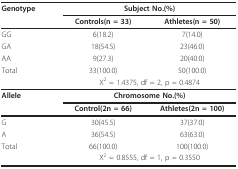
| Genotype | <COLSPAN=2> Subject No.(%) |
 |  | Controls(n = 33) | Athletes(n = 50) |
 | --- | --- | --- |
 | GG | 6(18.2) | 7(14.0) |
 | GA | 18(54.5) | 23(46.0) |
 | AA | 9(27.3) | 20(40.0) |
 | Total | 33(100.0) | 50(100.0) |
 |  | <COLSPAN=2> Χ2 = 1.4375, df = 2, p = 0.4874 |
 | Allele | <COLSPAN=2> Chromosome No.(%) |
 |  | Control(2n = 66) | Athletes(2n = 100) |
 | G | 30(45.5) | 37(37.0) |
 | A | 36(54.5) | 63(63.0) |
 | Total | 66(100.0) | 100(100.0) |
 |  | <COLSPAN=2> Χ2 = 0.8555, df = 1, p = 0.3550 |